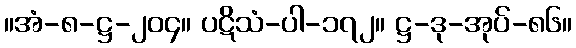
။အံ-၈-ဋ္ဌ-၂၀၄။ ပဋိသံ-ပါ-၁၇၂။ ဋ္ဌ-ဒု-အုပ်-၈၆။